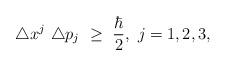
LaTeX: \begin{align*}\triangle x^j \ \triangle p_j \ \geq \ \frac{\hbar}{2}, \ j=1,2,3,\end{align*}